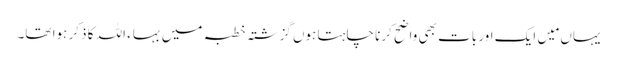
یہاں مَیں ایک اور بات بھی واضح کرنا چاہتا ہوں گزشتہ خطبہ میں بہاء اللہ کا ذکر ہوا تھا۔